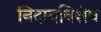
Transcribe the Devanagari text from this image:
निदानविशेष